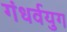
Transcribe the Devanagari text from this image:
गंधर्वयुग